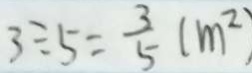
3 \div 5 = \frac { 3 } { 5 } ( m ^ { 2 } )